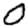
Digit: 0